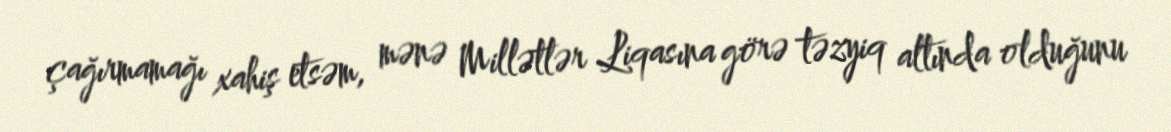
çağırmamağı xahiş etsəm, mənə Millətlər Liqasına görə təzyiq altında olduğunu